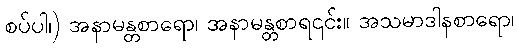
စပ်ပါ၊) အနာမန္တစာရော၊ အနာမန္တစာရ၎င်း။ အသမာဒါနစာရော၊